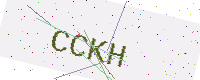
Text: CCKH